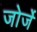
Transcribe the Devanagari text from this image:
जोर्जे